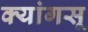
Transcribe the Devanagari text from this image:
क्यांगसू